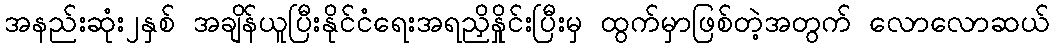
အနည်းဆုံး၂နှစ် အချိန်ယူပြီးနိုင်ငံရေးအရညှိနှိုင်းပြီးမှ ထွက်မှာဖြစ်တဲ့အတွက် လောလောဆယ်